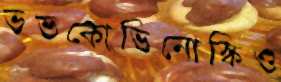
ভভকোভিনোস্কিও